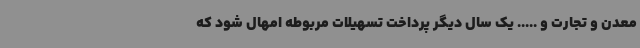
معدن و تجارت و ..... یک سال دیگر پرداخت تسهیلات مربوطه امهال شود که